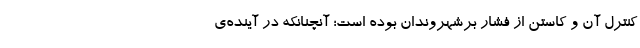
کنترل آن و کاستن از فشار برشهروندان بوده است؛ آنچنانکه در آینده‌ی